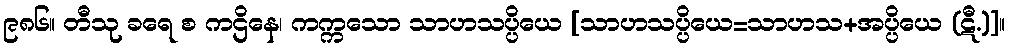
၉၈၆။ တီသု ခရေ စ ကဌိနေ၊ ကက္ကသော သာဟသပ္ပိယေ [သာဟသပ္ပိယေ=သာဟသ+အပ္ပိယေ (ဋီ.)]။